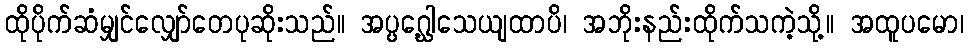
ထိုပိုက်ဆံမျှင်လျှော်တေပုဆိုးသည်။ အပ္ပဂ္ဃေါသေယျထာပိ၊ အဘိုးနည်းထိုက်သကဲ့သို့။ အထူပမော၊